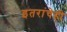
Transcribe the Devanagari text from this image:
इतरांचेही